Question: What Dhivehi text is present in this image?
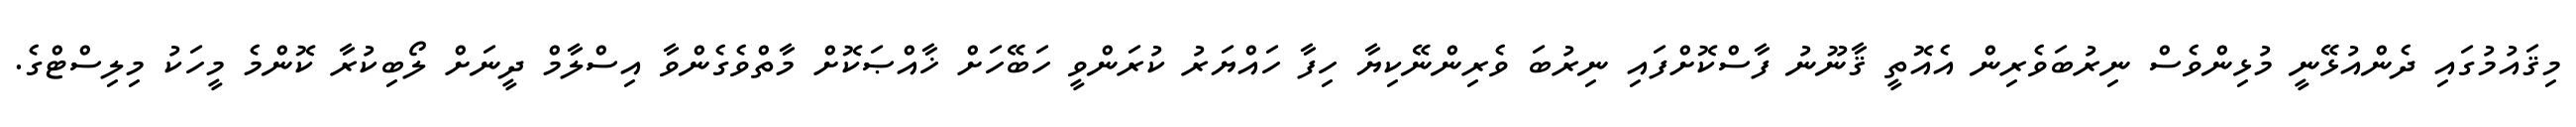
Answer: މިޤައުމުގައި ދެންއުޅޭނީ މުޅިންވެސް ނިރުބަވެރިން އެއޮތީ ޤާނޫނު ފާސްކޮށްފައި ނިރުބަ ވެރިންނޭކިޔާ ހިފާ ހައްޔަރު ކުރަންވީ ހަބޭހަށް ޚާއްޞަކޮށް މާތްވެގެންވާ އިސްލާމް ދީނަށް ލޯބިކުރާ ކޮންމެ މީހަކު މިލިސްޓްގެ.